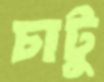
চাটু